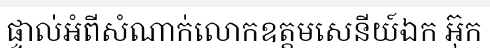
ផ្ទាល់អំពីសំណាក់លោកឧត្តមសេនីយ៍ឯក អ៊ុក